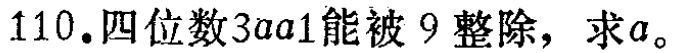
110.四位数\(3aa1\)能被 \(9\) 整除，求\(a\)。